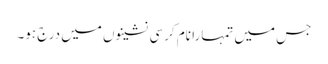
جس میں تمہارا نام کرسی نشینوں میں درج ہو۔